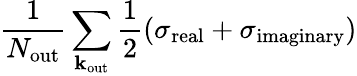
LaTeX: \frac{1}{N_{\mathrm{out}}}\sum_{\mathbf k_{\mathrm{out}}}\frac{1}{2}(\sigma_{\mathrm{real}}+\sigma_{\mathrm{imaginary}})